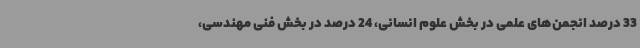
33 درصد انجمن‌های علمی در بخش علوم انسانی، 24 درصد در بخش فنی مهندسی،